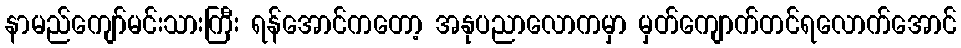
နာမည်ကျော်မင်းသားကြီး ရန်အောင်ကတော့ အနုပညာလောကမှာ မှတ်ကျောက်တင်ရလောက်အောင်